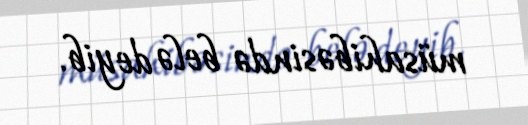
müsahibəsində belə deyib.